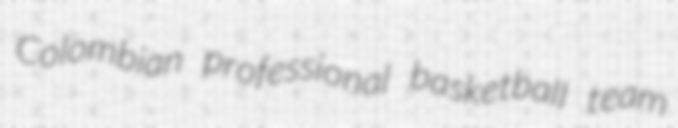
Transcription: Colombian professional basketball team